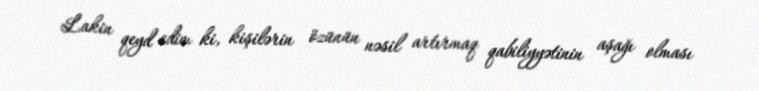
Lakin qeyd edim ki, kişilərin özünün nəsil artırmaq qabiliyyətinin aşağı olması